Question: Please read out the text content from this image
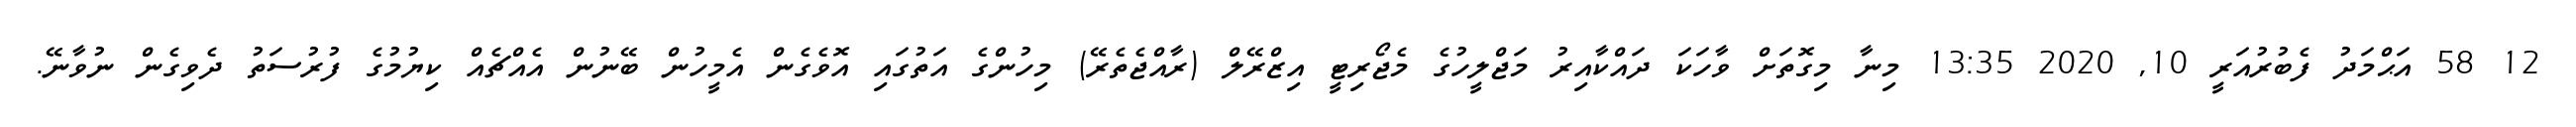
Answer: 12 58 އަޙްމަދު ފެބުރުއަރީ 10, 2020 13:35 މިނާ މިގޮތަށް ވާހަކަ ދައްކާއިރު މަޖްލީހުގެ މެޖޯރިޓީ އިޒްރޭލް (ރާއްޖެތެރޭ) މިހުންގެ އަތުގައި އޮވެގެން އެމީހުން ބޭނުން އެއްޗެއް ކިޔުމުގެ ފުރުސަތު ދެވިގެން ނުވާނޭ.